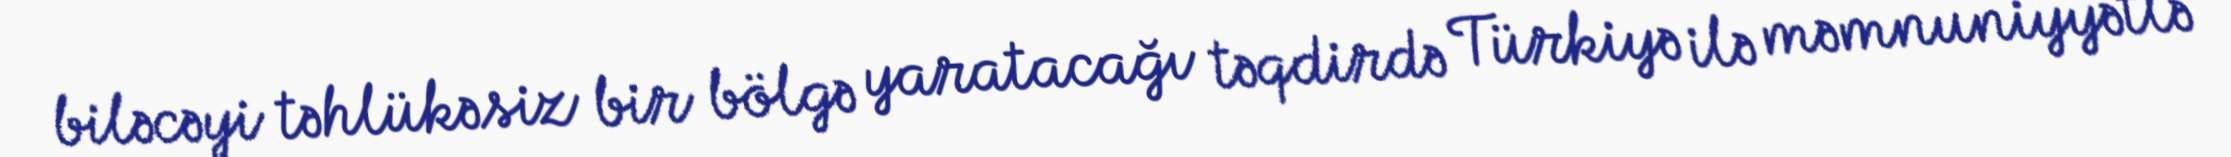
biləcəyi təhlükəsiz bir bölgə yaratacağı təqdirdə Türkiyə ilə məmnuniyyətlə